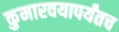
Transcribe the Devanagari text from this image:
कुमारवयापर्यंतच